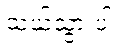
သယ်သွားပါ။